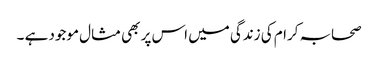
صحابہ کرام کی زندگی میں اس پر بھی مثال موجود ہے ۔